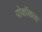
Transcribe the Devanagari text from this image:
पोकॉकला